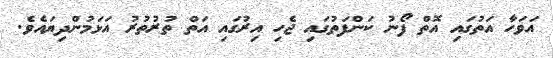
އަވަހާ އަތުގައި އޮތް ފޯނު ކަންފަތުގައި ޖެހި އިރުގައި އަތް ތުރުތުރު އަޅަމުންދިޔައެވެ.